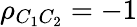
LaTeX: \rho_{C_{1}C_{2}}=-1